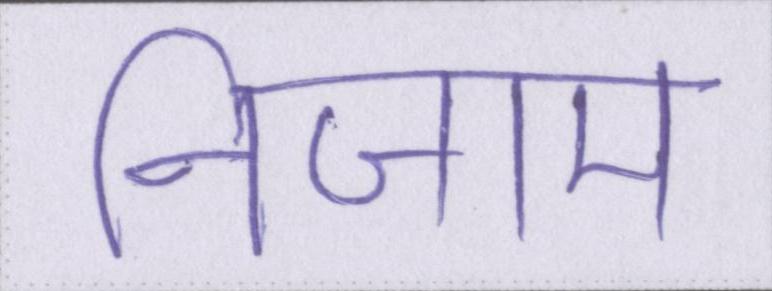
निजाम